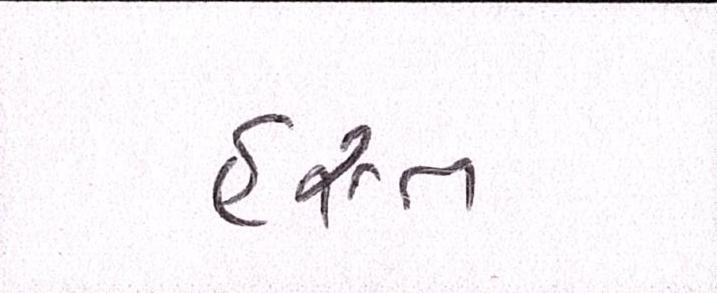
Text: હસ્ત